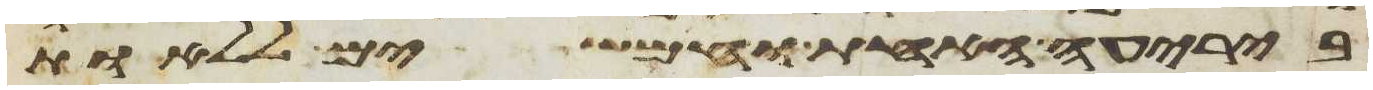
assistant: ביריעה האחת וחמשים ללאות